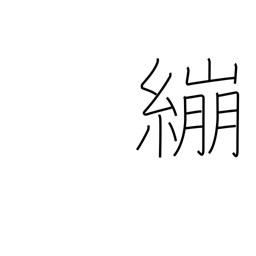
Meaning: wrap